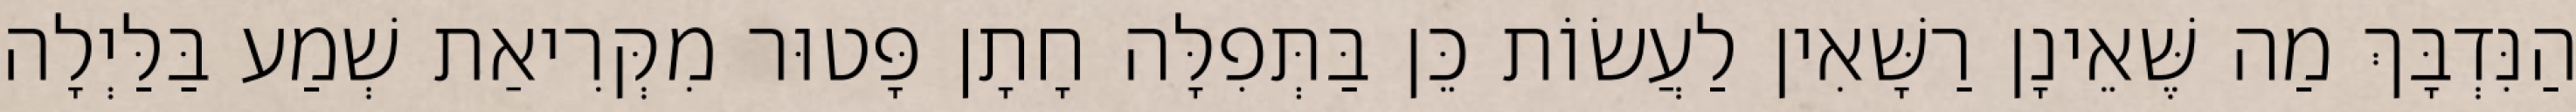
הַנִּדְבָּךְ מַה שֶּׁאֵינָן רַשָּׁאִין לַעֲשׂוֹת כֵּן בַּתְּפִלָּה חָתָן פָּטוּר מִקְּרִיאַת שְׁמַע בַּלַּיְלָה